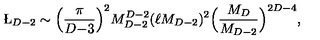
\L _ { D - 2 } \sim \Big ( { \frac { \pi } { D { - } 3 } } \Big ) ^ { 2 } M _ { D - 2 } ^ { D - 2 } ( \ell M _ { D - 2 } ) ^ { 2 } \Big ( { \frac { M _ { D } } { M _ { D - 2 } } } \Big ) ^ { 2 D - 4 } ,